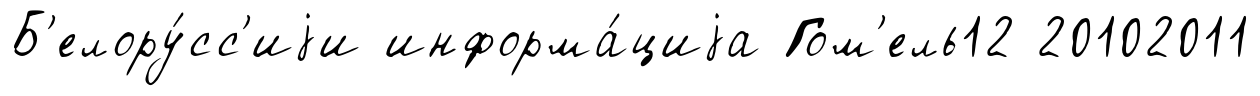
Б'елору́сс'иjи информа́циjа Гом'ель12 20102011